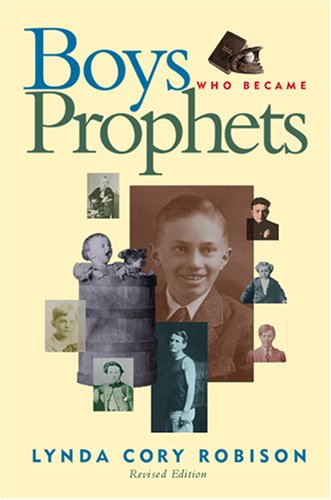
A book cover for Boys Who Became Prophets; Lynda Cory Robison; Teen & Young Adult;